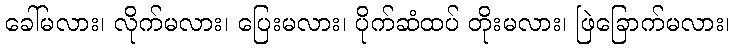
ခေါ်မလား၊ လိုက်မလား၊ ပြေးမလား၊ ပိုက်ဆံထပ် တိုးမလား၊ ဖြဲခြောက်မလား၊